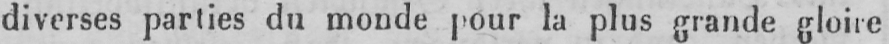
diverses parties du monde pour la plus grande gloire